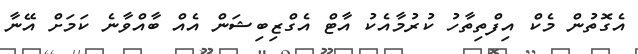
އެގޮތުން މެކް އިފްތިތާހު ކުރުމާއެކު އާޓް އެގްޒިބިޝަން އެއް ބާއްވާނެ ކަމަށް އޭނާ